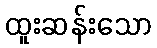
ထူးဆန်းသော